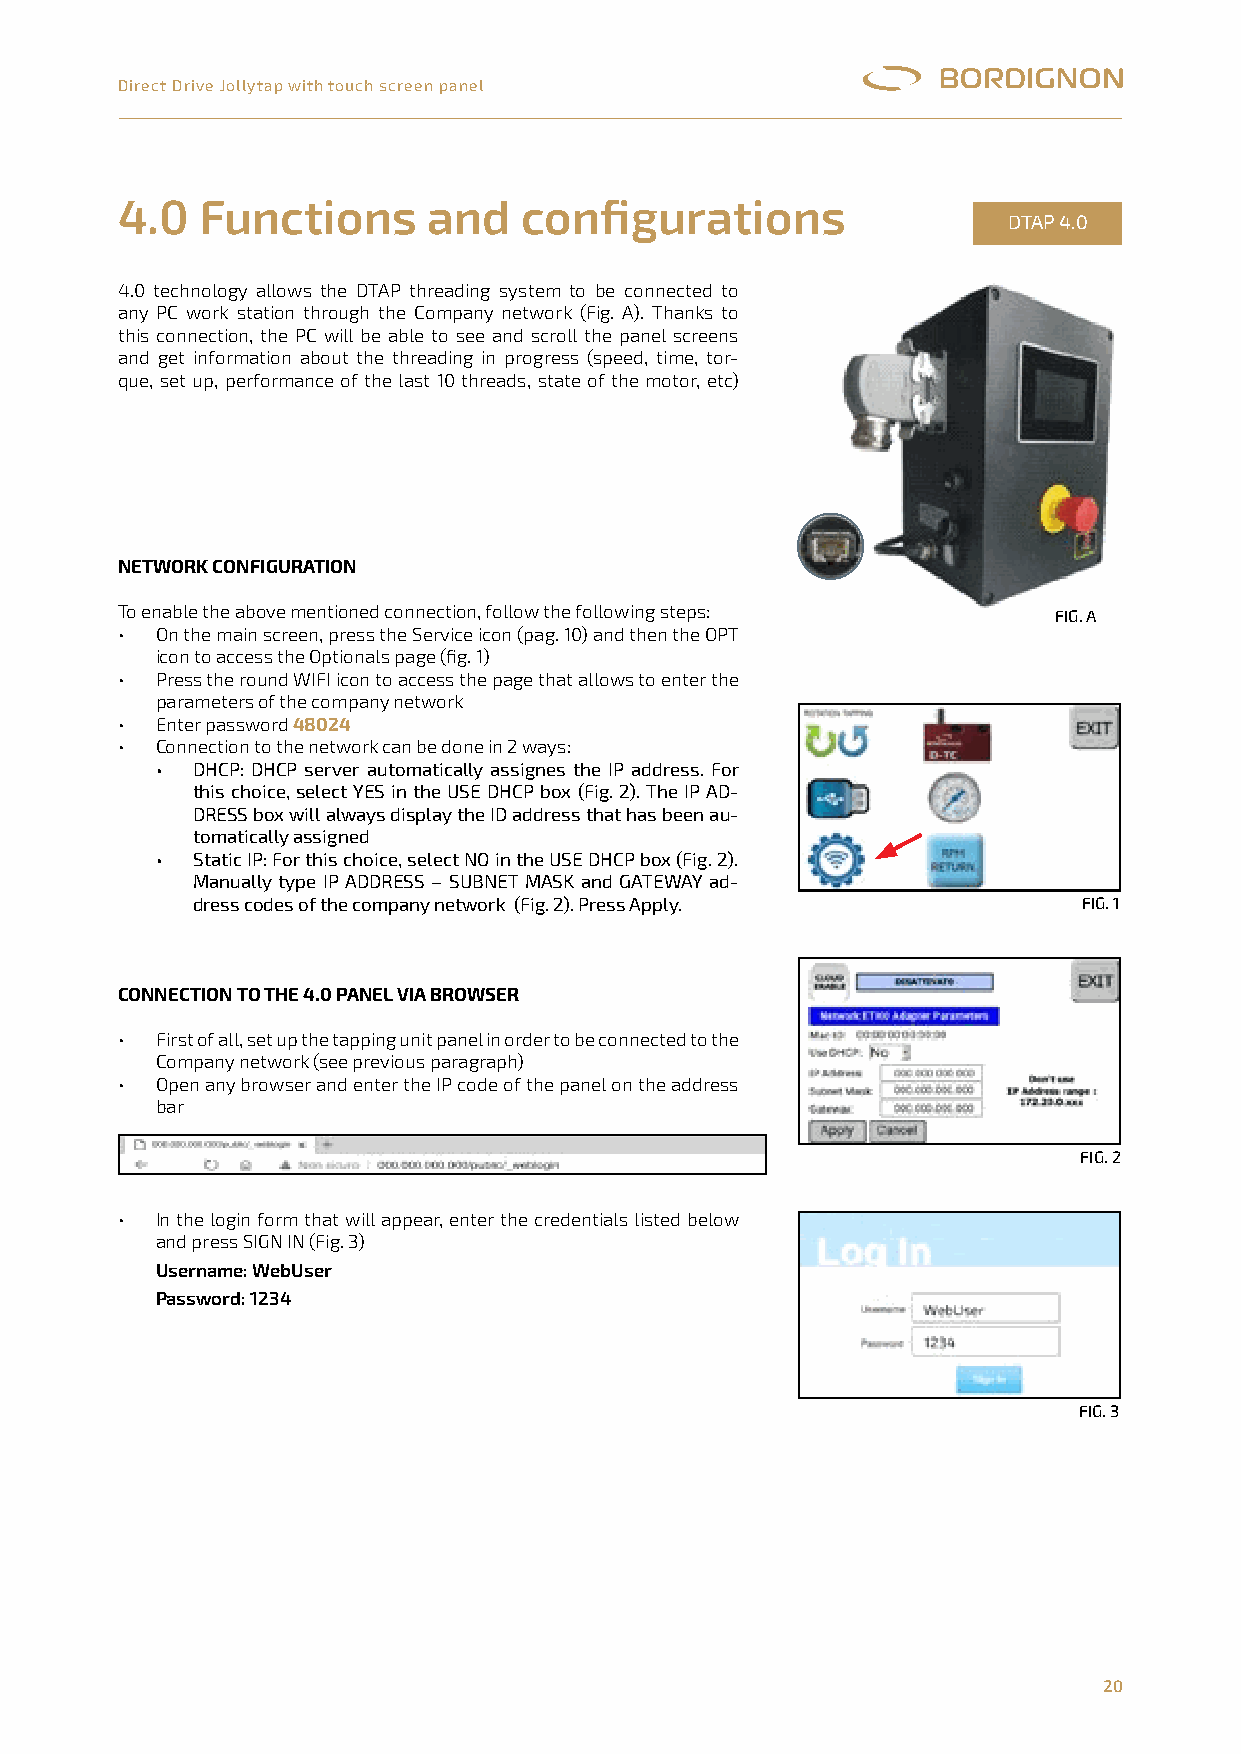
Direct Drive Jollytap with touch screen panel
 DTAP 4.0
 4.0  Functions      and    configurations
 DTAP 4.0
 4.0 technology allows the DTAP threading system to be connected to
 any PC work station through the Company network (Fig. A). Thanks to
 this connection, the PC will be able to see and scroll the panel screens
 and get information about the threading in progress (speed, time, tor-
 que, set up, performance of the last 10 threads, state of the motor, etc)
 NETWORK CONFIGURATION
 To enable the above mentioned connection, follow the following steps: FiG. a
 • On the main screen, press the Service icon (pag. 10) and then the OPT
 icon to access the Optionals page (fig. 1)
 • Press the round WIFI icon to access the page that allows to enter the
 parameters of the company network
 • Enter password 48024
 • Connection to the network can be done in 2 ways:
 •  DHCP: DHCP server automatically assignes the IP address. For
 this choice, select YES in the USE DHCP box (Fig. 2). The IP AD-
 DRESS box will always display the ID address that has been au-
 tomatically assigned
 •  Static IP: For this choice, select NO in the USE DHCP box (Fig. 2).
 Manually type IP ADDRESS – SUBNET MASK and GATEWAY ad-
 dress codes of the company network (Fig. 2). Press Apply.  FIG. 1
 CONNECTION TO THE 4.0 PANEL VIA BrOwsEr
 • First of all, set up the tapping unit panel in order to be connected to the
 Company network (see previous paragraph)
 • Open any browser and enter the IP code of the panel on the address
 bar
 FIG. 2
 • In the login form that will appear, enter the credentials listed below
 and press SIGN IN (Fig. 3)
 Username: WebUser
 Password: 1234
 FIG. 3
 20